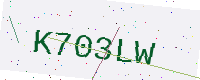
Text: K703LW